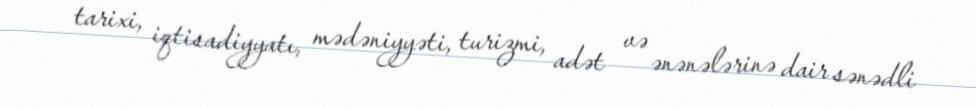
tarixi, iqtisadiyyatı, mədəniyyəti, turizmi, adət və ənənələrinə dair sənədli